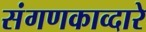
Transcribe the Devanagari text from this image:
संगणकाव्दारे